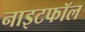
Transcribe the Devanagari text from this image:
नाइटफॉल